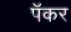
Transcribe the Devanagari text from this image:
पॅकर